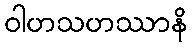
ဝါဟသဟဿာနိ